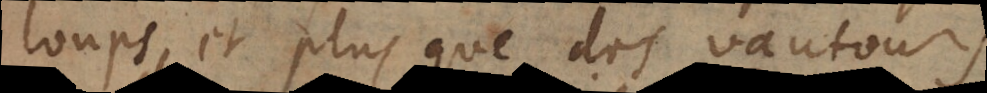
loups, et plus que des vautours